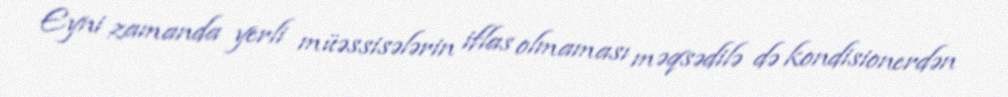
Eyni zamanda yerli müəssisələrin iflas olmaması məqsədilə də kondisionerdən